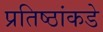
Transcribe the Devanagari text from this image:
प्रतिष्ठांकडे